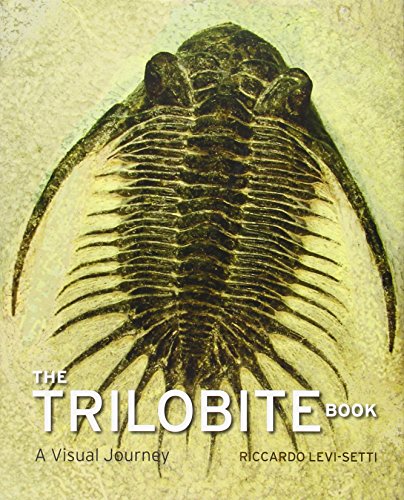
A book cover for The Trilobite Book: A Visual Journey; Riccardo Levi-Setti; Science & Math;